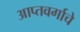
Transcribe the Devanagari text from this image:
आप्तवर्गाचे